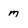
Character: m